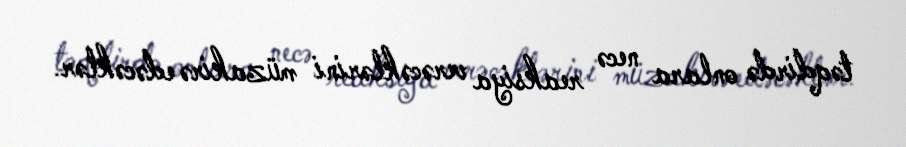
təqdirdə onlara necə reaksiya verəcəklərini müzakirə edəcəklər.